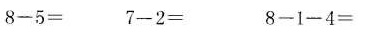
$$8 - 5 =$$ $$7 - 2 =$$ $$8 - 1 - 4 =$$